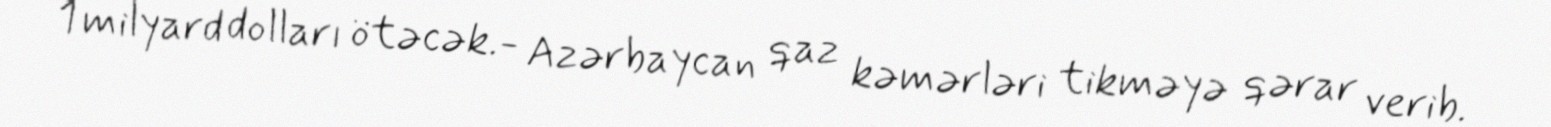
1 milyard dolları ötəcək.- Azərbaycan qaz kəmərləri tikməyə qərar verib.